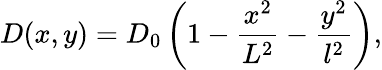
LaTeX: D(x,y)=D_{0}\left(1-\frac{x^{2}}{L^{2}}-\frac{y^{2}}{l^{2}}\right),